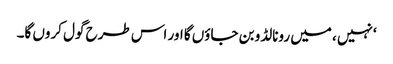
‘نہیں ، میں رونالڈو بن جاؤں گا اور اس طرح گول کروں گا۔